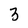
Character: 3